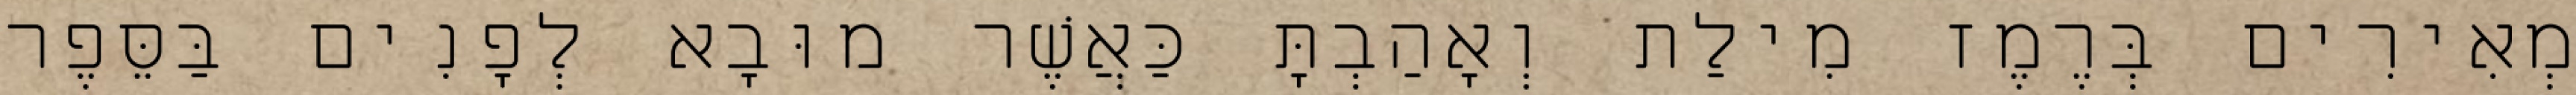
מְאִירִים בְּרֶמֶז מִילַת וְאָהַבְתָּ כַּאֲשֶׁר מוּבָא לְפָנִים בַּסֵּפֶר